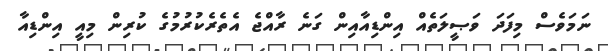
ނަމަވެސް މިފަދަ ވަޞީލަތެއް އިންޑިއާއިން ގަނެ ރާއްޖެ އެތެރެކުރުމުގެ ކުރިން މިއީ އިންޑިއާ